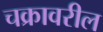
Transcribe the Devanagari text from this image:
चक्रावरील